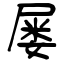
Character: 屡